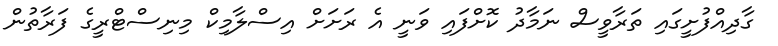
ގާދިއްފުށީގައި ތަރާވީސް ނަމާދު ކޮށްފައި ވަނީ އެ ރަށަށް އިސްލާމިކް މިނިސްޓްރީގެ ފަރާތުން